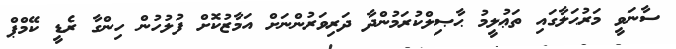
ސާނަވީ މަރުޙަލާގައި ތަޢުލީމު ޙާޞިލްކުރަމުންދާ ދަރިވަރުންނަށް އަމާޒުކޮށް ފުލުހުން ހިންގާ ރެޑީ ކޭމްޕް